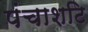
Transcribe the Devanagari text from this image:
पंचाशटि